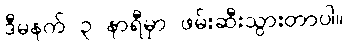
ဒီမနက် ၃ နာရီမှာ ဖမ်းဆီးသွားတာပါ။